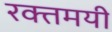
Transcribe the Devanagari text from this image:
रक्तमयी